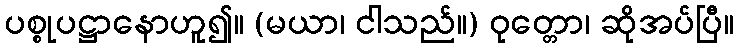
ပစ္စုပဋ္ဌာနောဟူ၍။ (မယာ၊ ငါသည်။) ဝုတ္တော၊ ဆိုအပ်ပြီ။